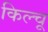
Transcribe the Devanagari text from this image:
किल्चू